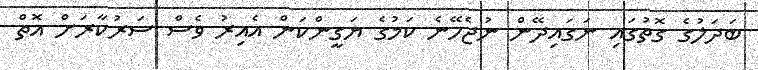
ބަދަލުގެ ގޮތުގައި ނަގައިދޭން ނުޖެހޭނެ ކަމުގެ ޔަގީންކަން އެއިރު ވެސް ސަރުކާރަށް އޮތް